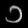
Digit: ၁